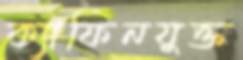
ক্যাফিনযুক্ত